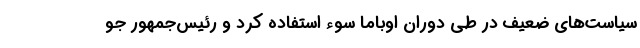
سیاست‌های ضعیف در طی دوران اوباما سوء استفاده کرد و رئیس‌جمهور جو